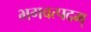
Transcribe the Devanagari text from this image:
भगवत्पदम्